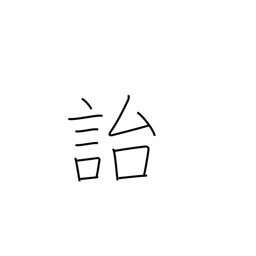
Meaning: leave behind